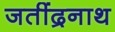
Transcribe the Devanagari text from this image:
जतींद्रनाथ